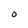
Character: o